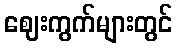
ဈေးကွက်များတွင်